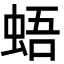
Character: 𧋋